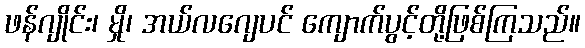
ဖန်ဂျိုင်း၊ မှို၊ အယ်လဂျေပင် ကျောက်ပွင့်တို့ဖြစ်ကြသည်။